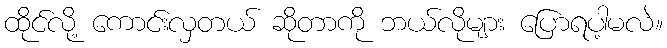
ထိုင်လို့ ကောင်းလှတယ် ဆိုတာကို ဘယ်လိုများ ပြောရပါ့မလဲ။